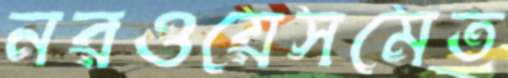
নরওয়েসমেত